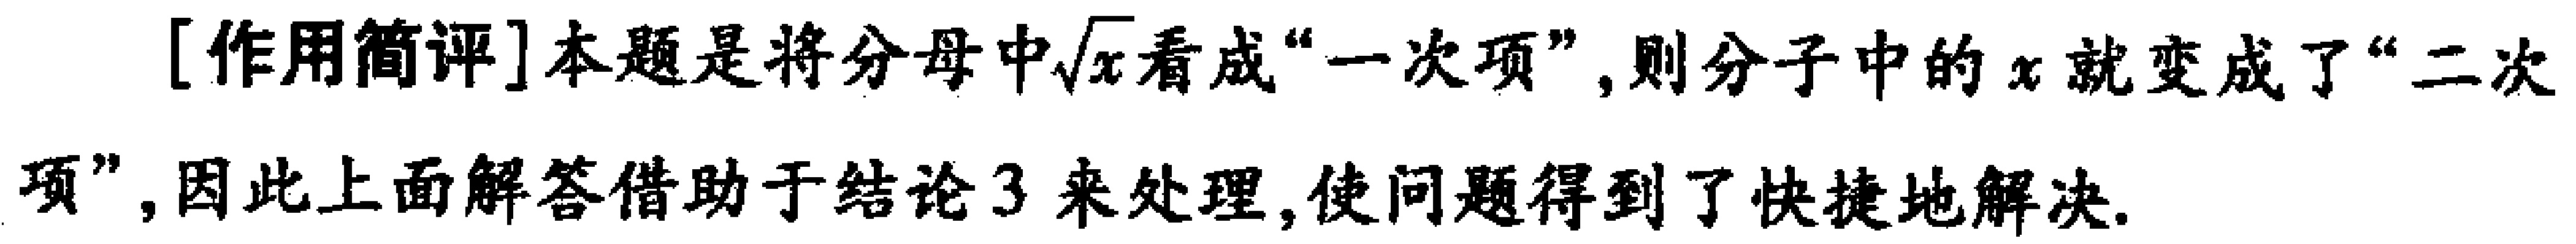
[作用简评]本题是将分母中\(\sqrt{x}\)看成“一次项”，则分子中的 \(x\) 就变成了“二次项”，因此上面解答借助于结论3来处理，使问题得到了快捷地解决.